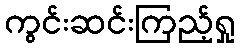
ကွင်းဆင်းကြည့်ရှု